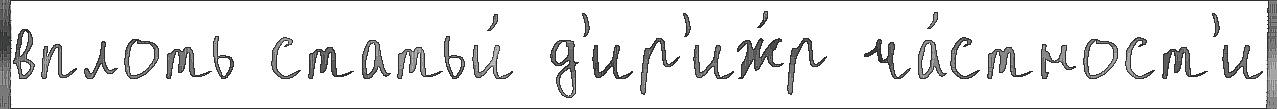
вплоть статьи́ д'ир'иж́р ча́стност'и